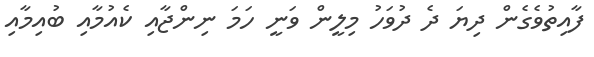
ފާއިތުވެގެން ދިޔަ ދެ ދުވަހު މިލީން ވަނީ ހަމަ ނިންޖާއި ކެއުމާއި ބުއިމާއި